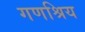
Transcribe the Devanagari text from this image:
गणश्रिय